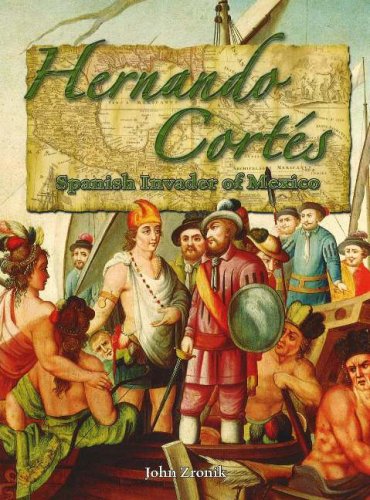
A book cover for Hernando Cortes: Spanish Invader of Mexico (In the Footsteps of Explorers); John Paul Zronik; Children's Books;